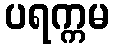
ပရက္ကမ